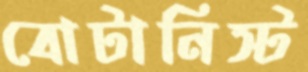
বোটানিস্ট